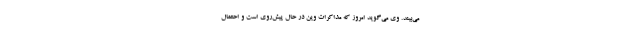
می‌بیند. وی می‌گوید امروز که مذاکرات وین در حال پیش‌روی است و احتمال